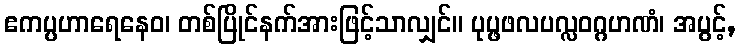
ဧကပ္ပဟာရေနေဝ၊ တစ်ပြိုင်နက်အားဖြင့်သာလျှင်။ ပုပ္ဖဖလပလ္လဝဂ္ဂဟဏံ၊ အပွင့်,